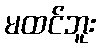
မထင်ဘူး